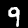
Label: 9